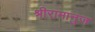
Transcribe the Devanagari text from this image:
श्रीरामानुज